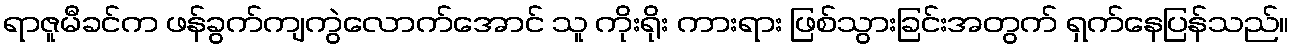
ရာဇူမီခင်က ဖန်ခွက်ကျကွဲလောက်အောင် သူ ကိုးရိုး ကားရား ဖြစ်သွားခြင်းအတွက် ရှက်နေပြန်သည်။